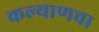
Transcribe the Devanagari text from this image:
कल्याणचा